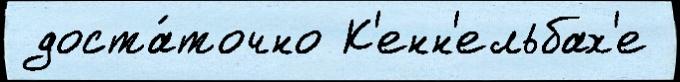
 доста́точно К'енн'ельбах'е